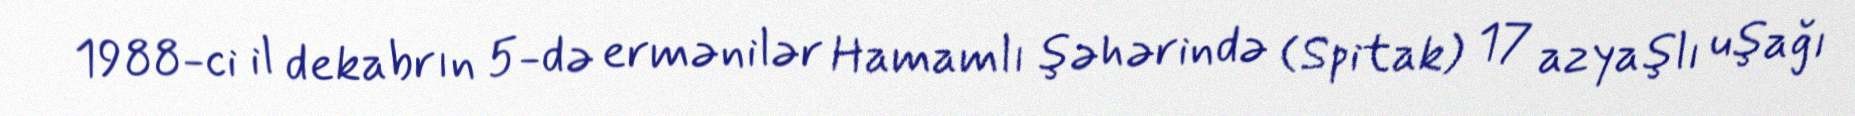
1988-ci il dekabrın 5-də ermənilər Hamamlı şəhərində (Spitak) 17 azyaşlı uşağı